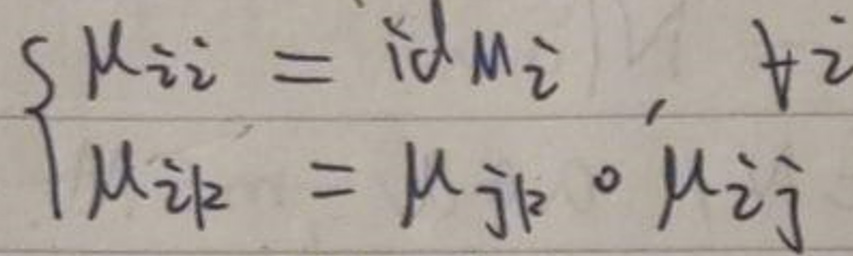
\[
\begin{cases}
\mu^{ij} = \dot{\partial} M^{ij} \dot{\partial} \\
\mu^{ijk} = \mu^{ij} \circ \mu^{jk}
\end{cases}
\]